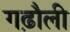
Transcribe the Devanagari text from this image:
गढ़ौली